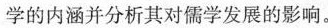
学的内涵并分析其对儒学发展的影响。